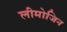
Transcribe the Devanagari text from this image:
लीमोजिन